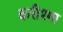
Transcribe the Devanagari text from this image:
करीश्मा